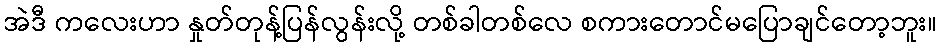
အဲဒီ ကလေးဟာ နှုတ်တုန့်ပြန်လွန်းလို့ တစ်ခါတစ်လေ စကားတောင်မပြောချင်တော့ဘူး။